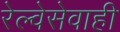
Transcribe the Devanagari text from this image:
रेल्वेसेवाही